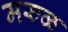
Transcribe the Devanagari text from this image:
मरुळ